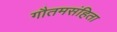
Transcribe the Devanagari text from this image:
गौतमसंहिता